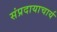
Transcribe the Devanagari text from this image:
संप्रदायाचार्य